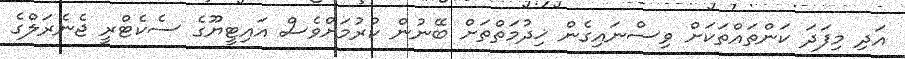
އަދި މިފަދަ ކަންތައްތަކަށް ވިސްނައިގެން ޚިދުމަތްތަށް ބޭނުން ކުރުމަށްވެސް އައިޓީޔޫގެ ސެކެޓްރީ ޖެނެރަލްގެ